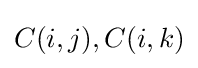
C(i,j),C(i,k)